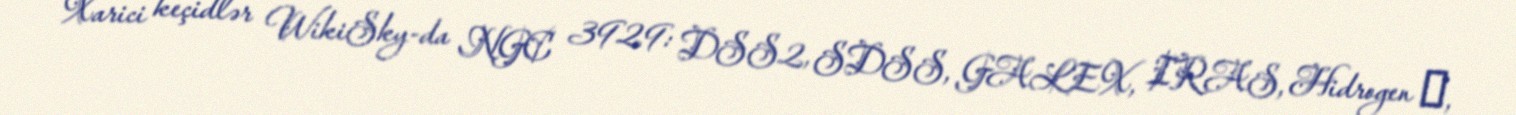
Xarici keçidlər WikiSky-da NGC 3929: DSS2, SDSS, GALEX, IRAS, Hidrogen α,